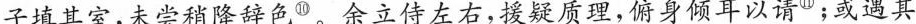
子填其室,未尝稍降辞色^{⑩}。余立侍左右,援疑质理,俯身倾耳以请^{⑪};或遇其